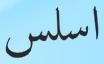
اسلس